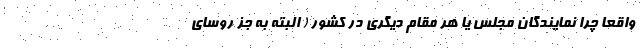
واقعا چرا نمایندگان مجلس یا هر مقام دیگری در کشور ( البته به جز روسای